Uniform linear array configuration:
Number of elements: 24
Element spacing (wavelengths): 0.5
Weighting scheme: cosine
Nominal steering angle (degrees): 45
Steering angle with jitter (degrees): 43.138
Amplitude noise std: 0.05
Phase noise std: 0.05

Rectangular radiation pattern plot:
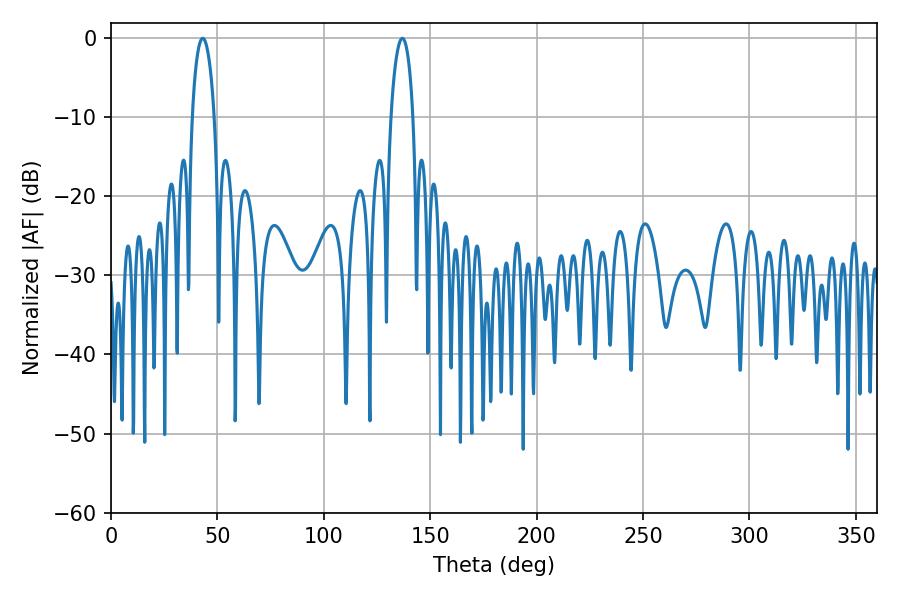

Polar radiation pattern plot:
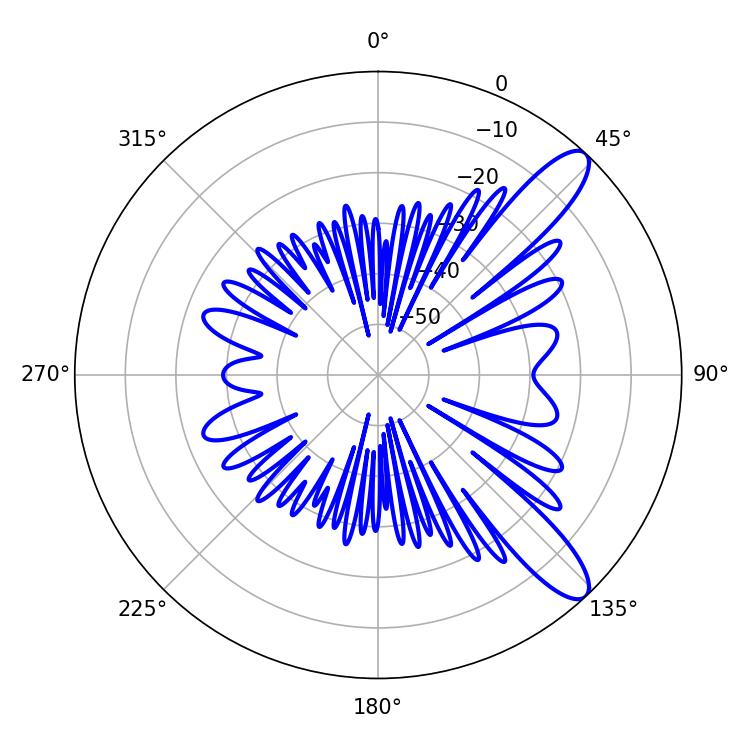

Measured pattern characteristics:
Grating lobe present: FALSE
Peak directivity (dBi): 11.093
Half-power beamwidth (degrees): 5.94
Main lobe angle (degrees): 43.02